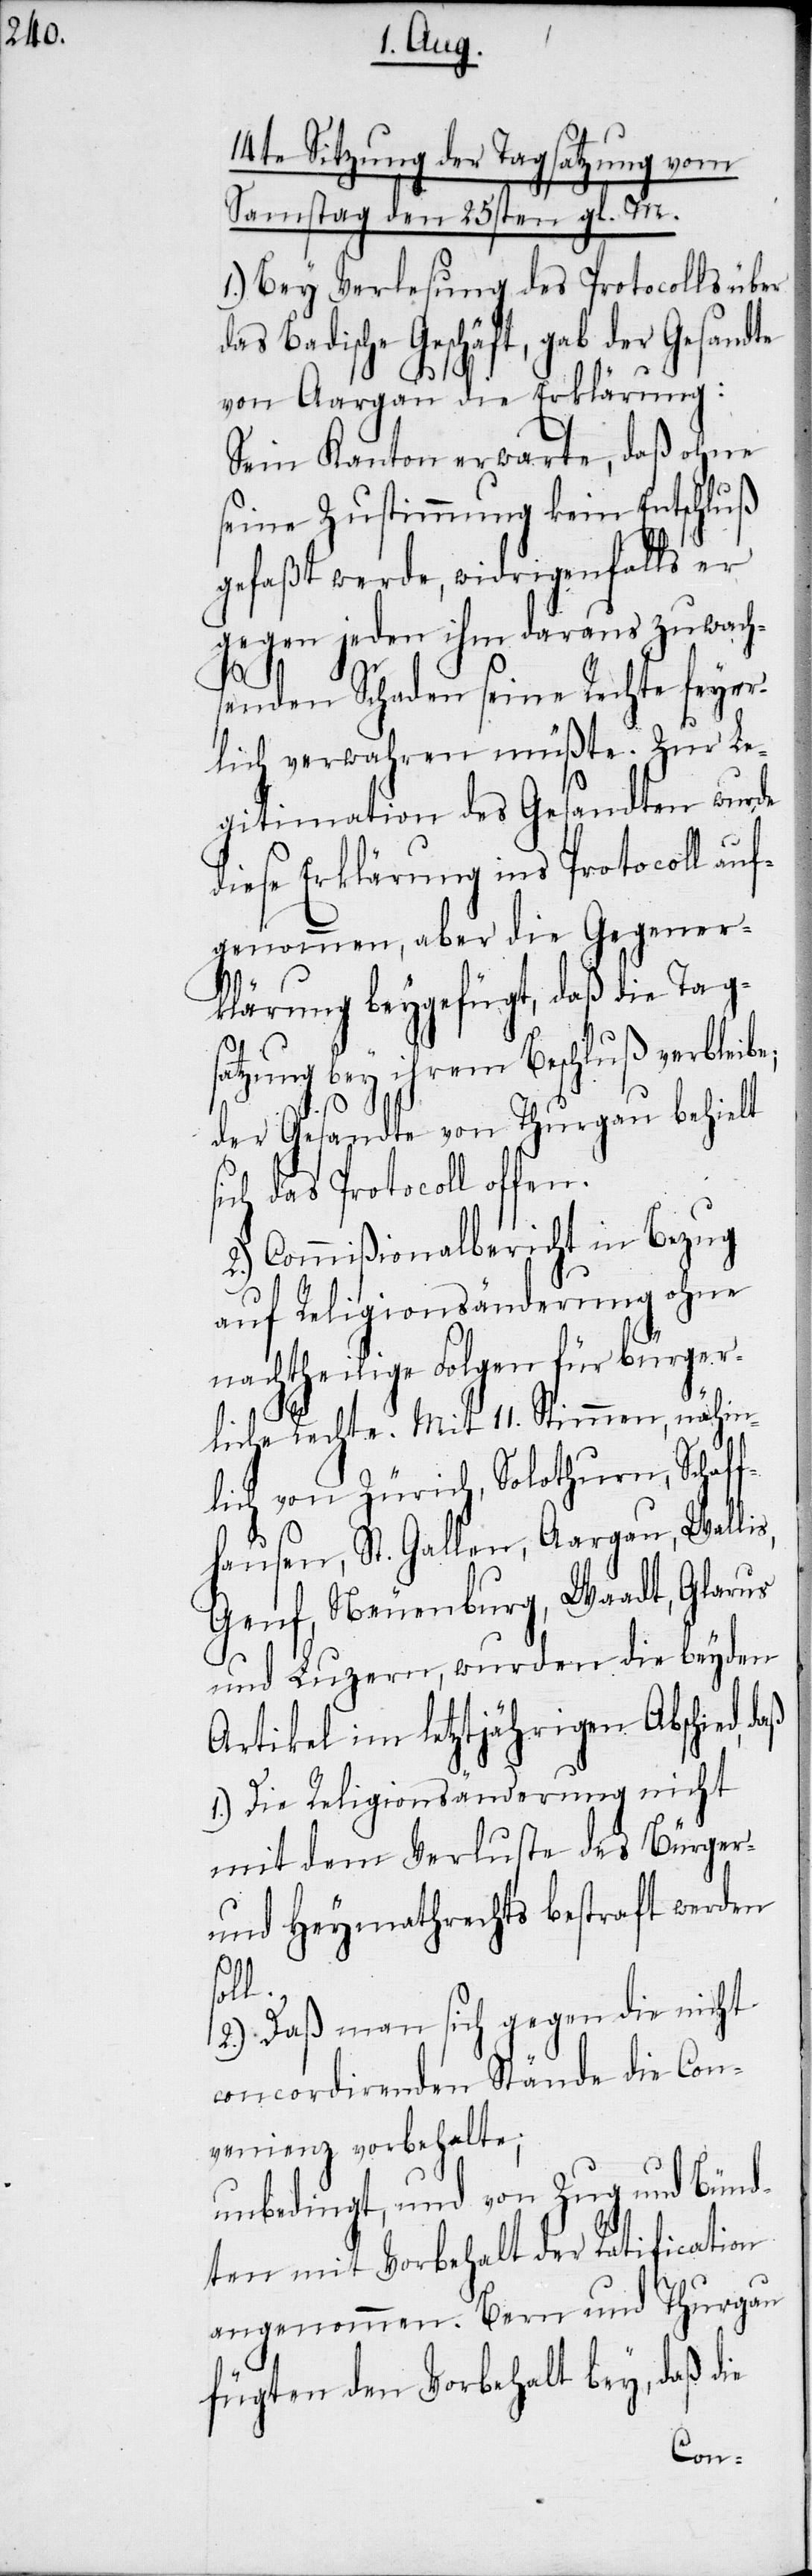
14te Sitzung der Tagsatzung vom
Samstag den 25sten gl. M.
1.) Bey Verlesung des Protocolls über
das Badische Geschäft, gab der Gesandte
von Aargau die Erklärung:
Sein Kanton erwarte, daß ohne
seine Zustimmung kein Entschluß
gefaßt werde, widrigenfalls er
gegen jeden ihm daraus zu wach¬
senden Schaden seine Rechte feyer¬
lich verwahren müßte. Zur Le¬
gitimation des Gesandten wurde
diese Erklärung ins Protocoll auf¬
genommen, aber die Gegener¬
klärung beygefügt, daß die Tags¬
atzung bey ihrem Beschluß verbleibe;
der Gesandte von Thurgau behielt
ich das Protocoll offen.
2.) Commißionalbericht in Bezug
auf Religionsänderung ohne
nachtheilige Folgen für bürger¬
liche Rechte. Mit 11. Stimmen, nähm¬
lich von Zürich, Solothurn, Schaff¬
hausen, St. Gallen, Aargau, Wall¬
Genf, Neuenburg, Waadt, Glarus
und Luzern, wurden die beyden
Artikel im letztjährigen Abschied,
1.) Die Religionsänderung nicht
mit dem Verluste des Bürger-
und Heymathrechts bestraft werden
soll.
2.) Daß man sich gegen die nicht
concordirenden Stände die Con¬
venienz vorbehalte;
unbedingt, und von Zug und Bünd¬
ten mit Vorbehalt der Ratification
angenommen. Bern und Thurgau
fügten den Vorbehalt bey, daß die
s¬